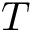
T